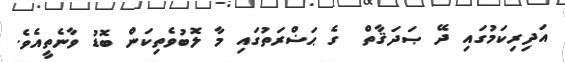
އަދިރިކަމުގައި ދޭ ޞަދަޤާތް  ގެ ޙަޟްރަތުގައި މާ ލޮބުވެތިކަން ބޮޑު ވާނެތީއެވެ.